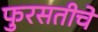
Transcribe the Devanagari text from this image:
फुरसतीचे